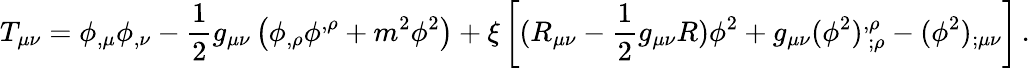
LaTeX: T_{\mu\nu}=\phi_{,\mu}\phi_{,\nu}-\frac 12g_{\mu\nu}\left(\phi_{,\rho}\phi^{,\rho}+m^{2}\phi^{2}\right)+\xi\left[(R_{\mu\nu}-\frac 12g_{\mu\nu}R)\phi^{2}+g_{\mu\nu}(\phi^{2})_{~;\rho}^{,\rho}-(\phi^{2})_{;\mu\nu}\right]\, .